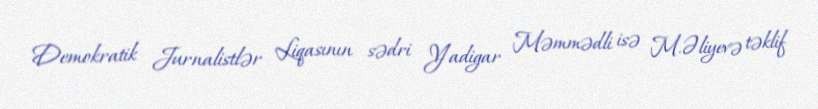
Demokratik Jurnalistlər Liqasının sədri Yadigar Məmmədli isə M.Əliyevə təklif